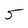
Character: 5